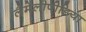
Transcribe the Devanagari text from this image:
लैमेलीपीडिया